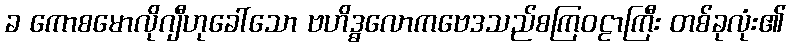
ခ ကောစမောလိုဂျီဟုခေါ်သော ဗဟိဒ္ဓလောကဗေဒသည်စကြဝဠာကြီး တစ်ခုလုံး၏